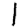
Digit: 1